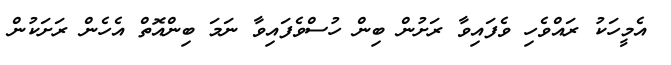
އެމީހަކު ރައްވެހި ވެފައިވާ ރަށުން ބިން ހުސްވެފައިވާ ނަމަ ބިންއޮތް އެހެން ރަށަކުން